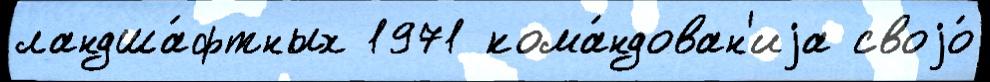
ландша́фтных 1971 кома́ндован'иjа своjо́